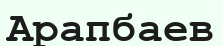
Арапбаев